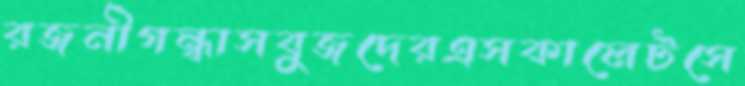
রজনীগন্ধাসবুজদেরএসকালেটসে